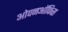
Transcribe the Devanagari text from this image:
ओपनऑफिस